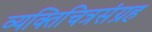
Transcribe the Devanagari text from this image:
व्यक्तिचित्रसंग्रह